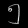
Digit: ၅